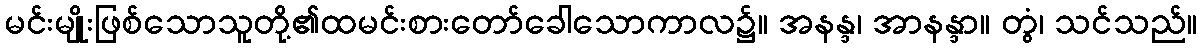
မင်းမျိုးဖြစ်သောသူတို့၏ထမင်းစားတော်ခေါသောကာလ၌။ အနန္ဒ၊ အာနန္ဒာ။ တွံ၊ သင်သည်။